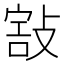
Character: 𢾒